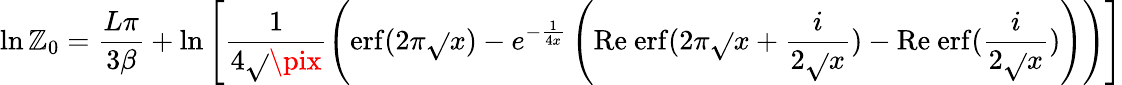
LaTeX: \ln\mathbb{Z}_{0}=\frac{{L\pi}}{{3\beta}}+\ln\left[\frac{{1}}{{4\sqrt{}{{\pix}}}}\left(\mathrm{{erf}}(2\pi\sqrt{}{{x}})-e^{-\frac{{1}}{{4x}}}\left(\mathrm{{Re~erf}}(2\pi\sqrt{}{{x}}+\frac{{i}}{{2\sqrt{}{{x}}}})-\mathrm{{Re~erf}}(\frac{{i}}{{2\sqrt{}{{x}}}})\right)\right)\right]